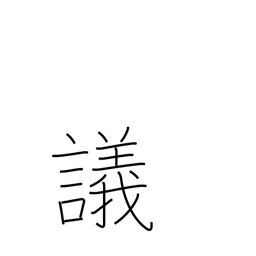
Meaning: debate